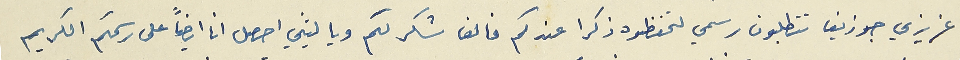
عزيزي جوزيف تتطلبون رسمي لتحفظوه ذكرا عندكم فالف شكر لكم ويا ليتني احصل انا ايضاً على رسمكم الكريم